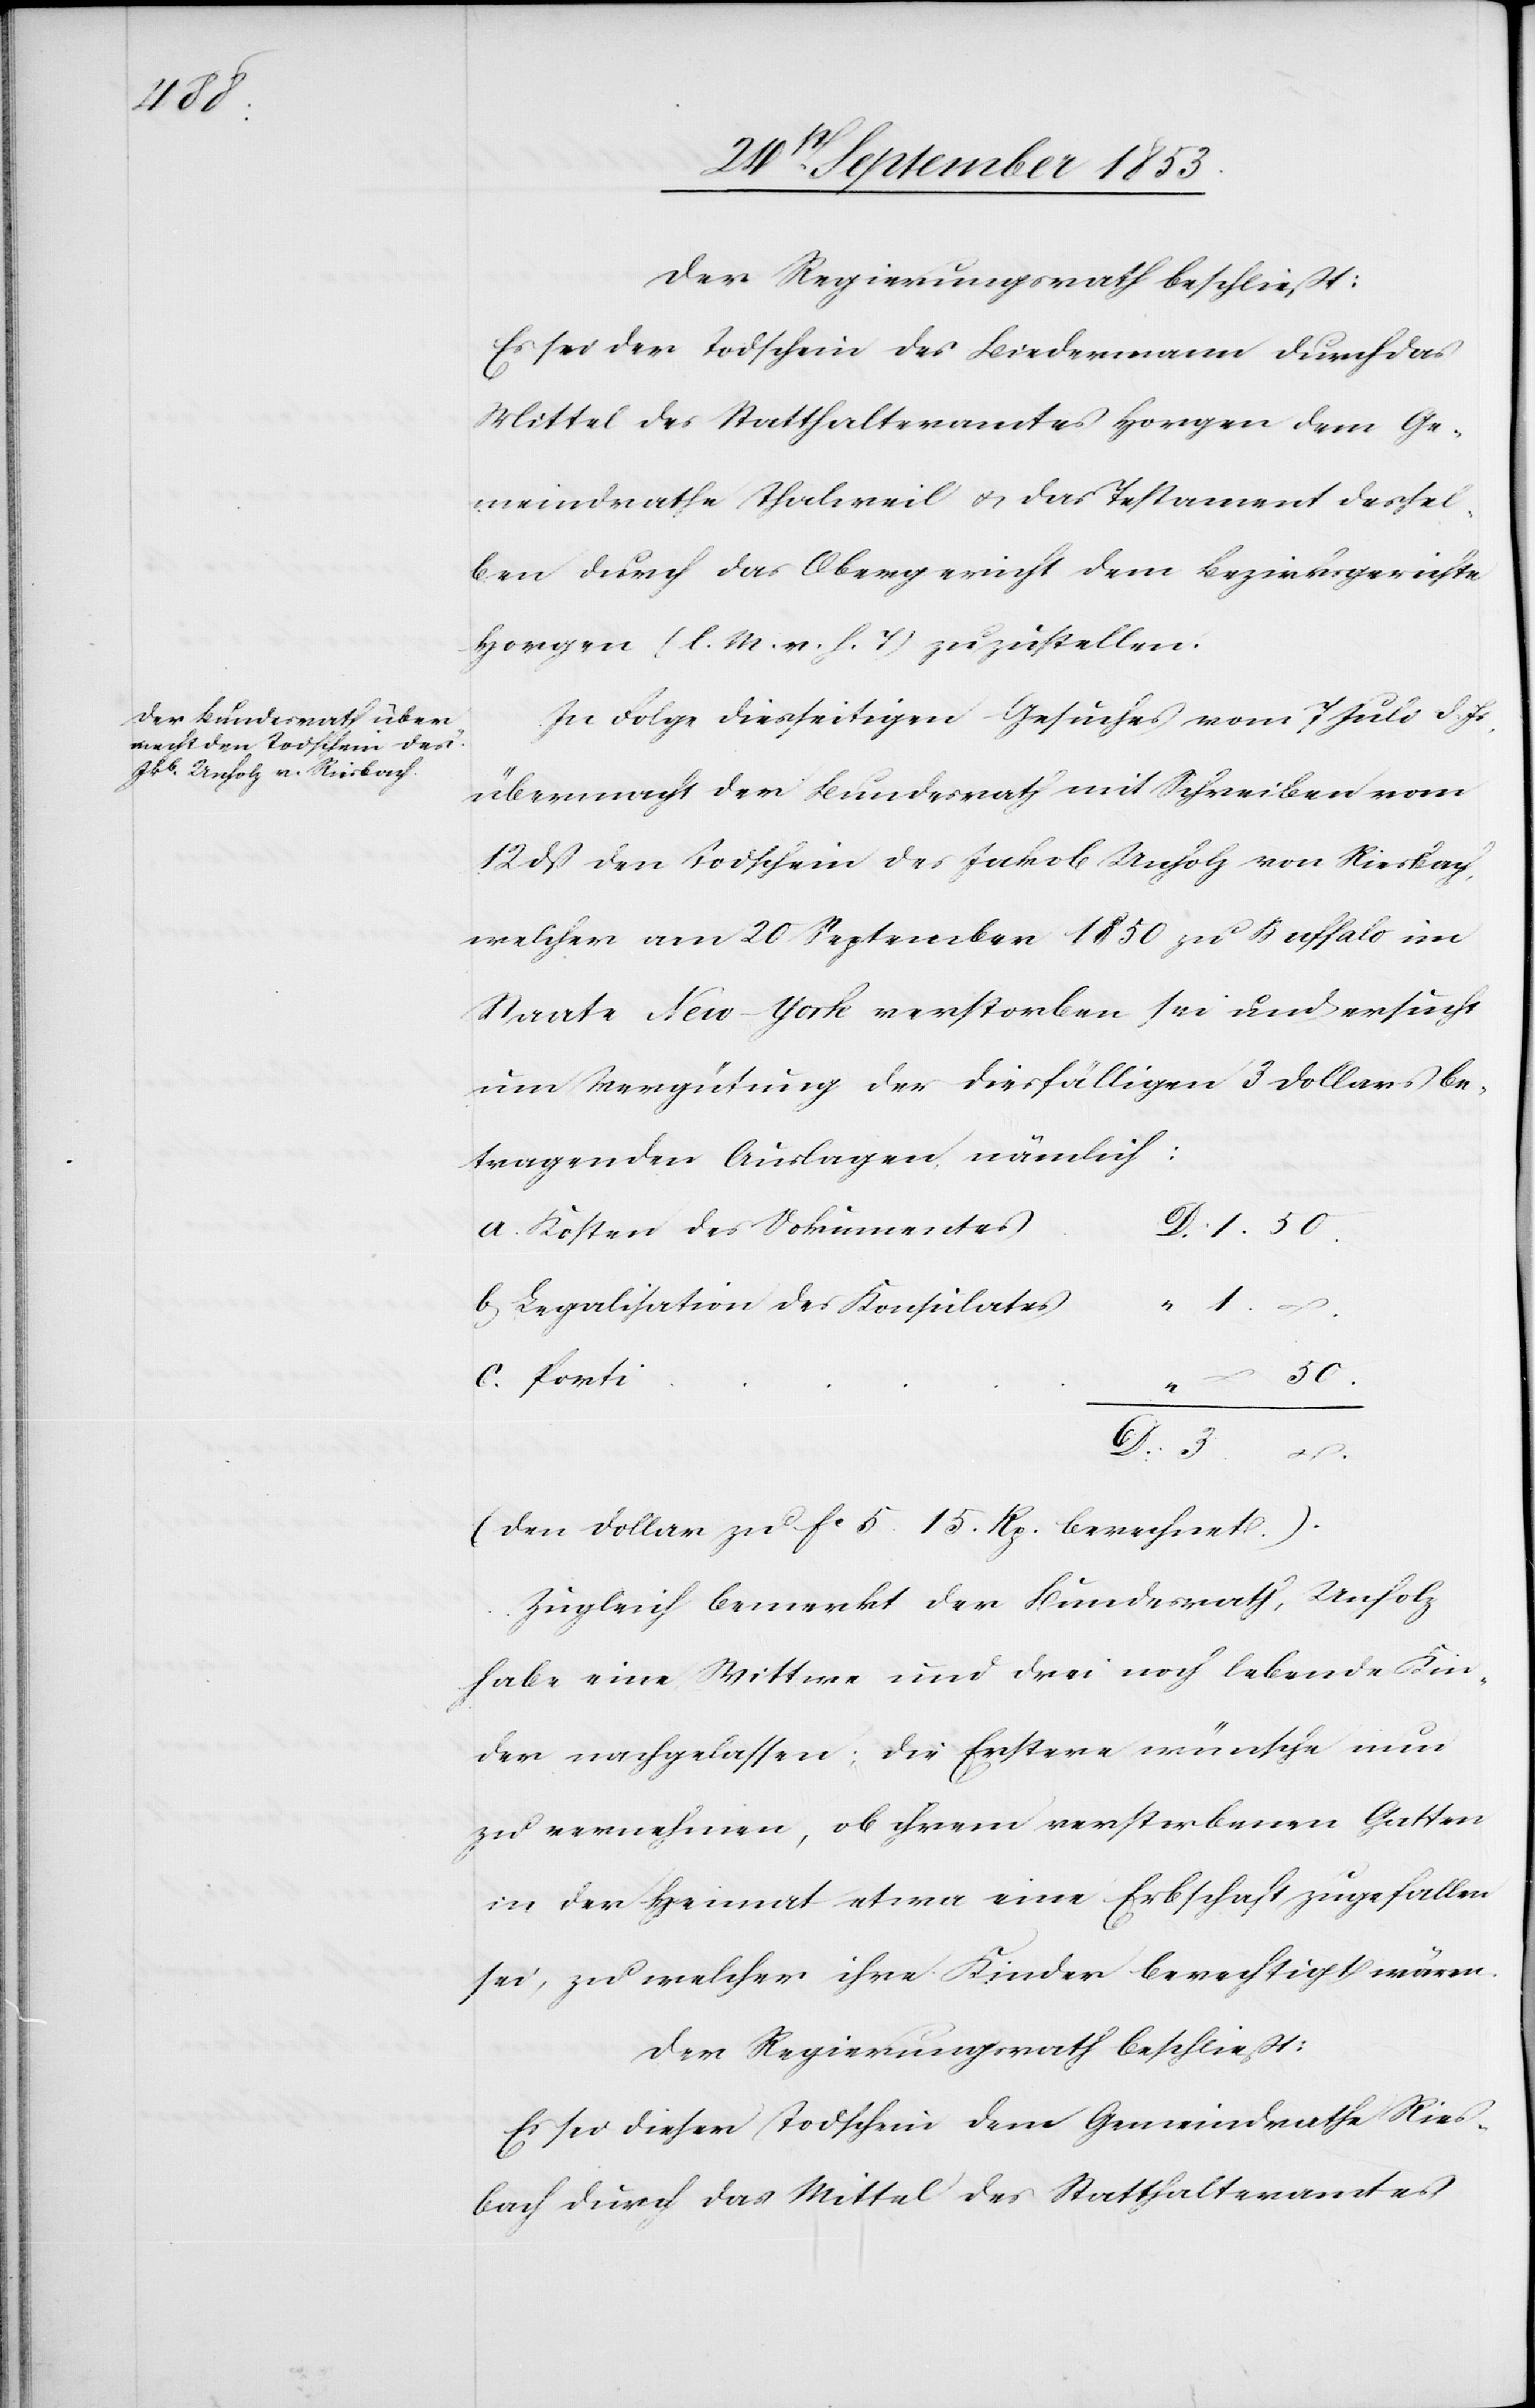
Der Regierungsrath beschließt:
Es sei der Todschein des Biedermann durch das
Mittel des Statthalteramtes Horgen dem Ge¬
meindrathe Thalweil u. das Testament dessel¬
ben durch das Obergericht dem Bezirksgerichte
Horgen [l. M. v. h. T] zuzustellen.
In Folge diesseitigen Gesuches vom 7 Juli d. Js.
übermacht der Bundesrath mit Schreiben vom
12 dß den Todschein des Jakob Unholz von Riesbach,
welcher am 20 September 1850 zu Buffalo im
Staate New-York verstorben sei und ersucht
um Vergütung der diesfälligen 3 Dollars be¬
tragenden Auslagen nämlich:
a. Kosten des Dokumente¬
s	D. 1.50.
b. Legalisation des Konsulates	“
. 1. –
50.
D. 3. –
(Den Dollar zu fc 5. 15 Rp. berechnet)
Zugleich bemerkt der Bundesrath, Unholz
habe eine Wittwe und drei noch lebende Kin¬
der nachgelassen; die Erstere wünsche nun
zu vernehmen, ob ihrem verstorbenen Gatten
in der Heimat etwa eine Erbschaft zugefallen
sei, zu welcher ihre Kinder berechtigt wären.
Der Regierungsrath beschließt:
Es sei dieser Todschein dem Gemeindrathe Ries¬
bach durch das Mittel des Statthalteramtes